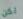
لكن